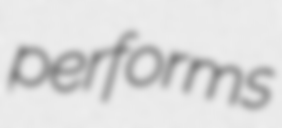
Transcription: performs